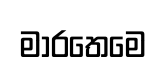
මාරතෙමෙ